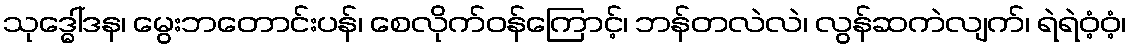
သုဒ္ဓေါ်ဒန၊ မွေးဘတောင်းပန်၊ စေလိုက်ဝန်ကြောင့်၊ ဘန်တလဲလဲ၊ လွန်ဆကဲလျက်၊ ရဲရဲဝံ့ဝံ့၊